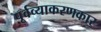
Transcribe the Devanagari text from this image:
पूर्वव्याकरणकार